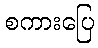
စကားပြေ